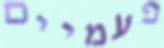
פעמיים